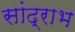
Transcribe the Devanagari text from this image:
सांद्राभ